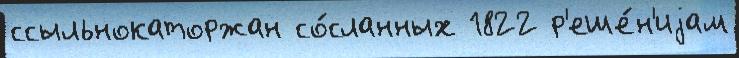
ссыльнокаторжан со́сланных 1822 р'еше́н'иjам